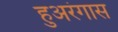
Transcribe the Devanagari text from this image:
हुअरंगास